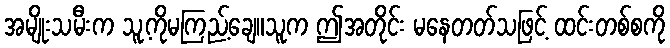
အမျိုးသမီးက သူ့ကိုမကြည့်ချေ။သူက ဤအတိုင်း မနေတတ်သဖြင့် ထင်းတစ်စကို